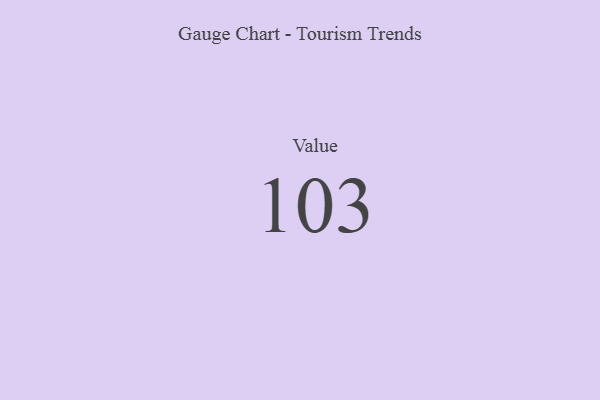
{"axis": {"x": "Metric", "y": "Value"}, "legend": [""], "data": [{"x": "Value", "y": 103, "type": ""}]}